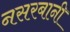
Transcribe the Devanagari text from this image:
नसरबानी